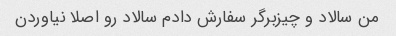
من سالاد و چیزبرگر سفارش دادم سالاد رو اصلا نیاوردن